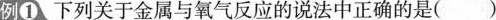
例①下列关于金属与氧气反应的说法中正确的是()